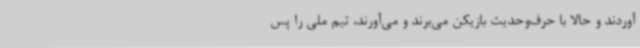
آوردند و حالا با حرف‌وحدیث بازیکن می‌برند و می‌آورند، تیم ملی را پس